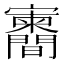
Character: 𪧶